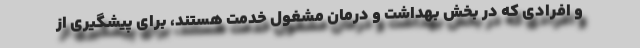
و افرادی که در بخش بهداشت و درمان مشغول خدمت هستند، برای پیشگیری از